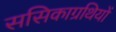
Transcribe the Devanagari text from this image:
ससिकाग्रथियों